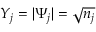
Y _ { j } = | \Psi _ { j } | = \sqrt { n _ { j } }